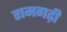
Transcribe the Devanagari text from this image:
रामगढ़ी